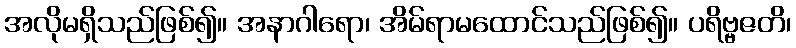
အလိုမရှိသည်ဖြစ်၍။ အနာဂါရော၊ အိမ်ရာမထောင်သည်ဖြစ်၍။ ပရိဗ္ဗဇတိ၊